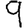
Digit: 9